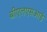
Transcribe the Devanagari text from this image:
बीएलएसआई